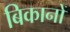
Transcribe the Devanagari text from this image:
बिकानों